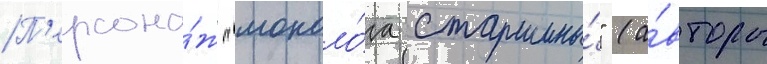
П'ерсона́ж "моноло́га старшины́" (а́вторы